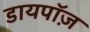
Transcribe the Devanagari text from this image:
डायपॉज़